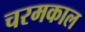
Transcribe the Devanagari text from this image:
चरमकाल